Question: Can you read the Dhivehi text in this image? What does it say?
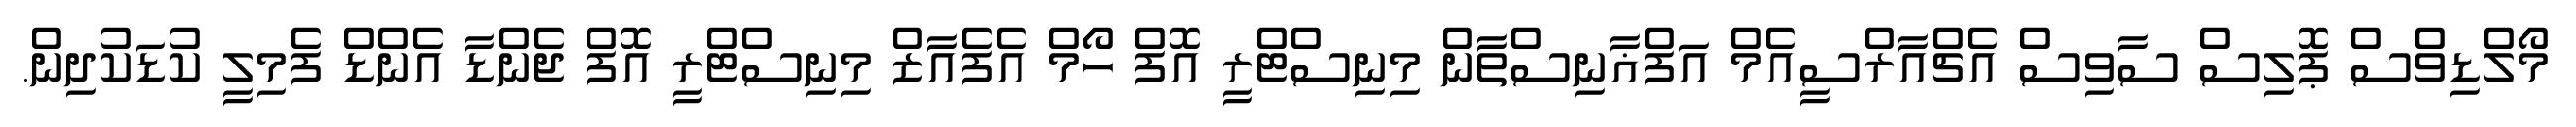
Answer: މޯލްޑިވްސް ޕޮލިސް ސާވިސް އެޗްއާރްސީއެމް އަފްޣާނިސްތާން މިނިސްޓްރީ އޮފް ހޯމް އެފެއާޒް މިނިސްޓްރީ އޮފް ޖެންޑާ އެންޑް ފެމިލީ ކުޑަކުދިން.